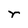
Character: r